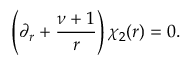
\left( \partial _ { r } + \frac { \nu + 1 } { r } \right) \chi _ { 2 } ( r ) = 0 .